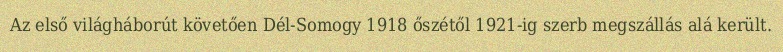
Az első világháborút követően Dél-Somogy 1918 őszétől 1921-ig szerb megszállás alá került.